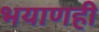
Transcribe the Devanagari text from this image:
भयाणही